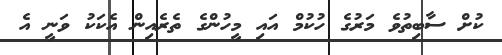
ކުށް ސާބިތުވެ މަރުގެ ހުކުމް އައި މީހުންގެ ތެރެއިން އެކަކު ވަނީ އެ